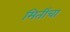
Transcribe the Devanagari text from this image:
मितींचा